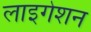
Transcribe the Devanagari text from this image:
लाइगेशन